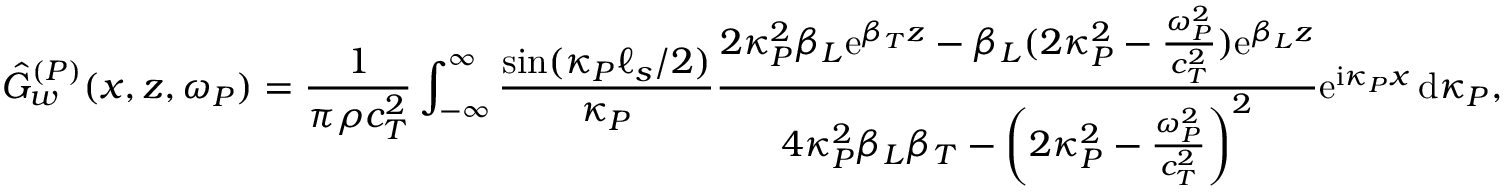
\hat { G } _ { w } ^ { ( P ) } ( x , z , \omega _ { P } ) = \frac { 1 } { \pi \rho c _ { T } ^ { 2 } } \int _ { - \infty } ^ { \infty } \frac { \sin ( \kappa _ { P } \ell _ { s } / 2 ) } { \kappa _ { P } } \frac { 2 \kappa _ { P } ^ { 2 } \beta _ { L } \mathrm { e } ^ { \beta _ { T } z } - \beta _ { L } ( 2 \kappa _ { P } ^ { 2 } - \frac { \omega _ { P } ^ { 2 } } { c _ { T } ^ { 2 } } ) \mathrm { e } ^ { \beta _ { L } z } } { 4 \kappa _ { P } ^ { 2 } \beta _ { L } \beta _ { T } - \left( 2 \kappa _ { P } ^ { 2 } - \frac { \omega _ { P } ^ { 2 } } { c _ { T } ^ { 2 } } \right) ^ { 2 } } \mathrm { e } ^ { \mathrm { i } \kappa _ { P } x } \, \mathrm { d } \kappa _ { P } ,